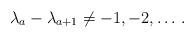
LaTeX: \begin{align*}\lambda_a-\lambda_{a+1}\not=-1,-2,\ldots\,.\end{align*}